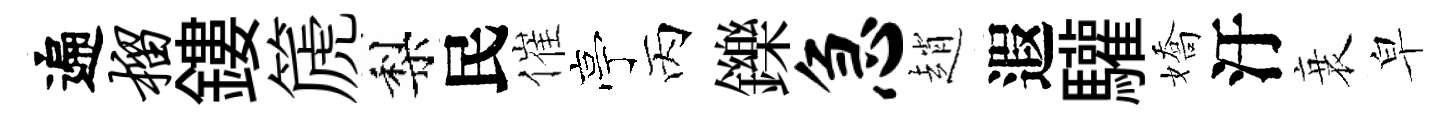
遍榴鏤篪梨民催亭丙鑠急趙遐驩嬌汙衰皁